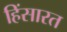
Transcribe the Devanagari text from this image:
हिंसारत